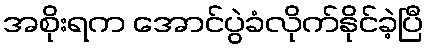
အစိုးရက အောင်ပွဲခံလိုက်နိုင်ခဲ့ပြီ